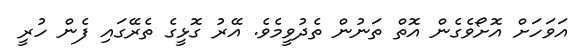
އަވަހަށް އޮށޯވެގެން އޮތް ތަނުން ތެދުވީމެވެ. އޭރު ގޮޅީގެ ތެރޭގައި ފެން ހުރީ